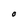
Character: O